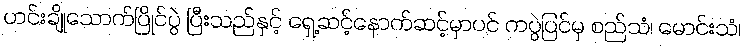
ဟင်းချိုသောက်ပြိုင်ပွဲ ပြီးသည်နှင့် ရှေ့ဆင့်နောက်ဆင့်မှာပင် ကပွဲပြင်မှ စည်သံ၊ မောင်းသံ၊